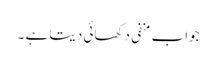
جواب منفی دکھائی دیتا ہے ۔